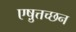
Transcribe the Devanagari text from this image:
एष़ुत्तच्छन